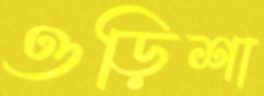
ওড়িশা